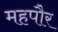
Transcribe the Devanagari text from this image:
महपौर